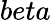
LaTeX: beta